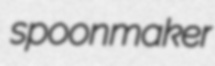
spoonmaker